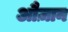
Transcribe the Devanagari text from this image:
औज़ान